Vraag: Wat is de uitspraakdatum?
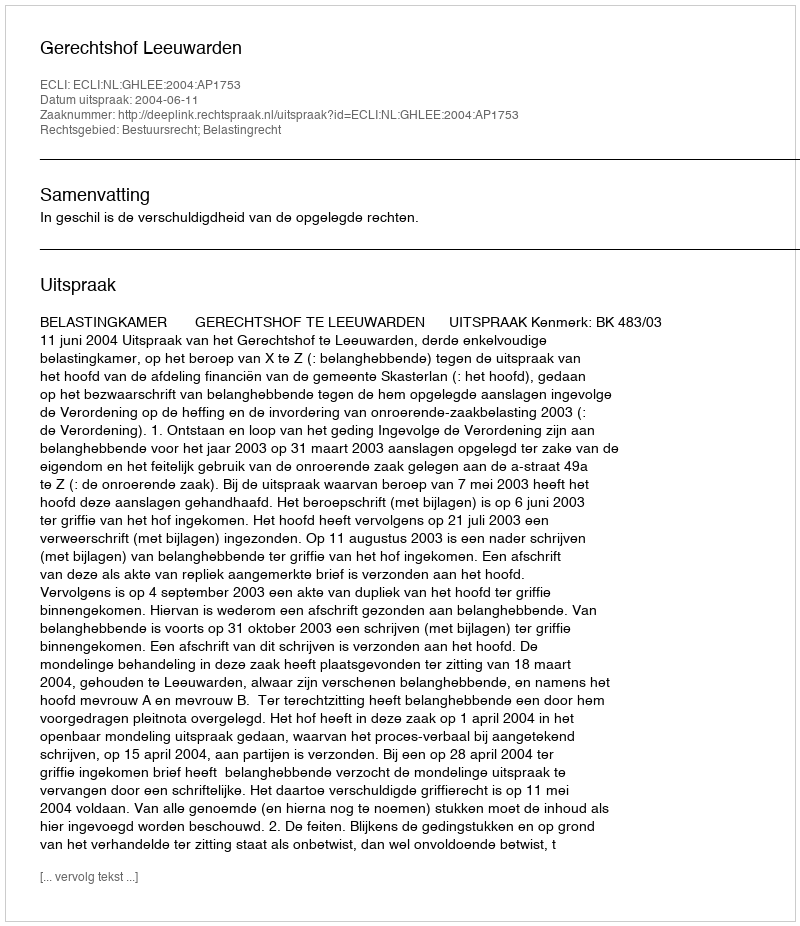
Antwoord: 2004-06-11